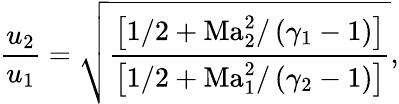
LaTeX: \frac{u_{2}}{u_{1}}=\sqrt{\frac{\left[1/2+\mathrm{Ma}_{2}^{2}/\left(\gamma_{1}-1\right)\right]}{\left[1/2+\mathrm{Ma}_{1}^{2}/\left(\gamma_{2}-1\right)\right]}},